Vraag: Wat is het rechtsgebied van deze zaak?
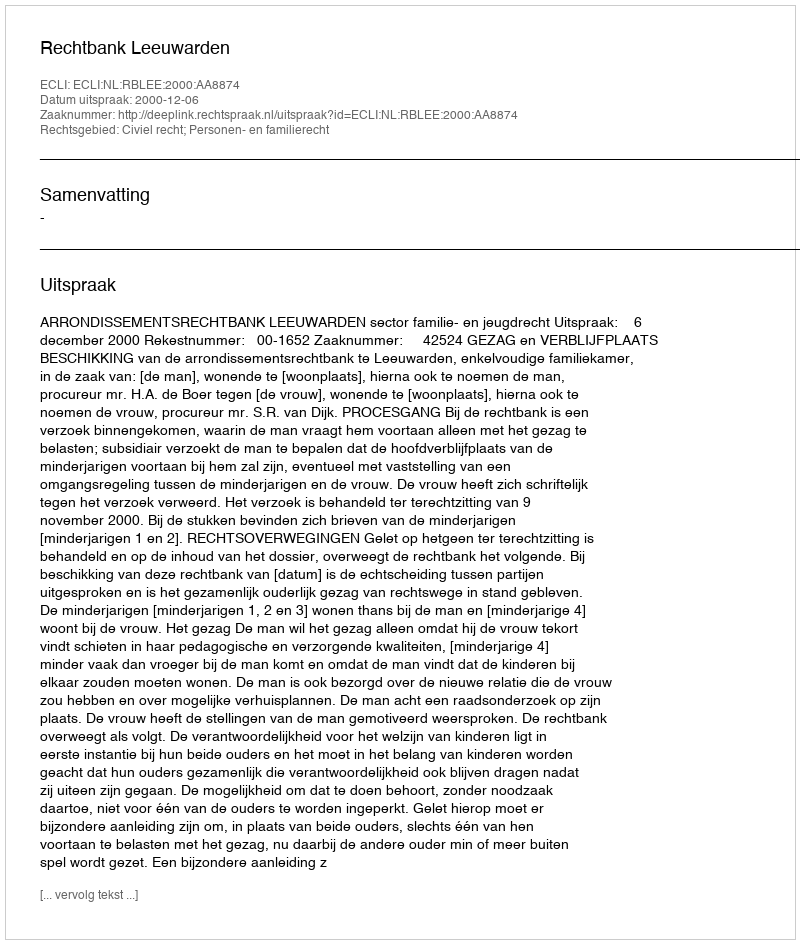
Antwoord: Civiel recht; Personen- en familierecht